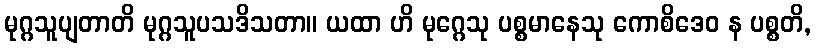
မုဂ္ဂသူပျတာတိ မုဂ္ဂသူပသဒိသတာ။ ယထာ ဟိ မုဂ္ဂေသု ပစ္စမာနေသု ကောစိဒေဝ န ပစ္စတိ,